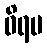
ဝိရမ